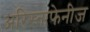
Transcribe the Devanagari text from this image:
अरिस्ताफेनीज